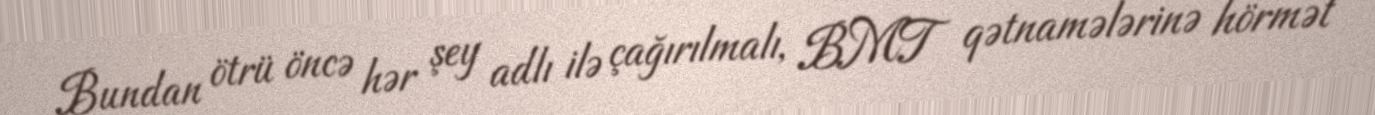
Bundan ötrü öncə hər şey adlı ilə çağırılmalı, BMT qətnamələrinə hörmət